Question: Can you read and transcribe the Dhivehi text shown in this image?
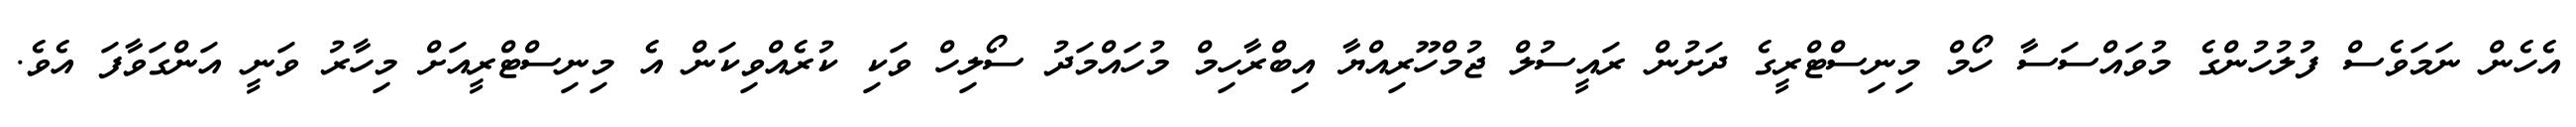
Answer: އެހެން ނަމަވެސް ފުލުހުންގެ މުވައްސަސާ ހޯމް މިނިސްޓްރީގެ ދަށުން ރައީސުލް ޖުމްހޫރިއްޔާ އިބްރާހިމް މުހައްމަދު ސޯލިހް ވަކި ކުރެއްވިކަން އެ މިނިސްޓްރީއަށް މިހާރު ވަނީ އަންގަވާފަ އެވެ.